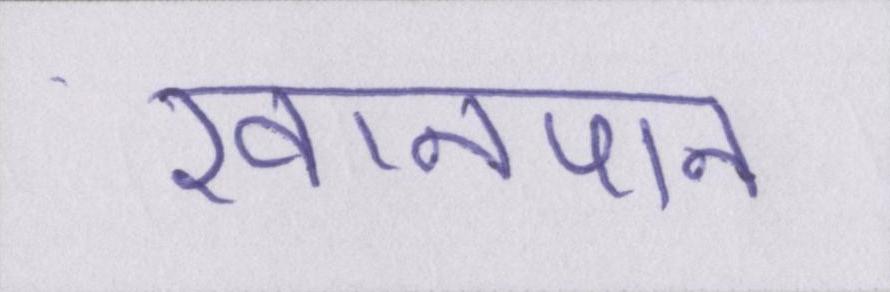
खानपान